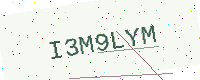
Text: I3M9LYM